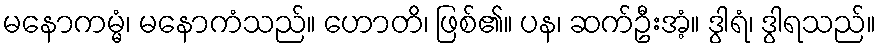
မနောကမ္မံ၊ မနောကံသည်။ ဟောတိ၊ ဖြစ်၏။ ပန၊ ဆက်ဦးအံ့။ ဒွါရံ၊ ဒွါရသည်။